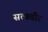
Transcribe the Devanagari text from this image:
सत्यवीर